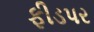
ફીડપર